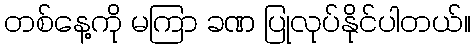
တစ်နေ့ကို မကြာ ခဏ ပြုလုပ်နိုင်ပါတယ်။